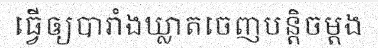
ធ្វើឲ្យបារាំងឃ្លាតចេញបន្តិចម្តង